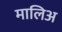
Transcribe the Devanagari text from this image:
मालिअ